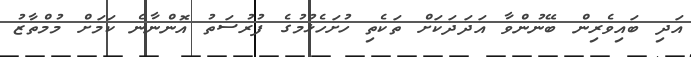
އަދި ބައިވެރިން ބޭނުންވާ އަދަދަކަށް ތަކެތި ހުށަހެޅުމުގެ ފުރުސަތު އޮންނާނެ ކަމަށް މުމްތާޒު